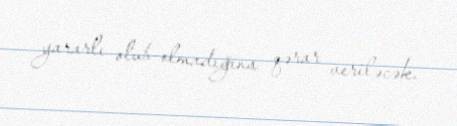
yararlı olub-olmadığına qərar veriləcək.